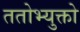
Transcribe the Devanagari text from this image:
ततोभ्युक्तो